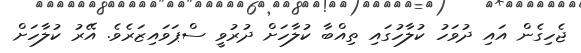
ޖެހިގެން އައި ދުވަހު ކުލާހުގައި ތިއްބާ ކުލާހަށް ދުރުވީ ސްޕަވައިޒަރެވެ. އޭރު ކުލާހަށް